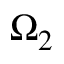
\Omega _ { 2 }